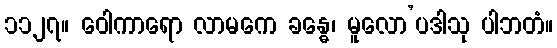
၁၁၂၇။ ဝေါကာရော လာမကေ ခန္ဓေ၊ မူလော’ပဒါသု ပါဘတံ။